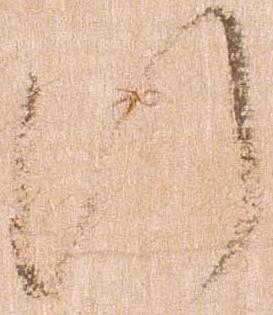
給